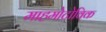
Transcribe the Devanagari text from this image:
माहमोटोविक